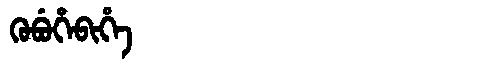
Manchu: ᡴᡠᠪᡠᡥᡝᠪᡳᡥᡝ
Romanization: KUBUHEBIHE